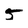
Character: 5